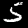
Label: 5